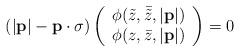
LaTeX: \begin{align*}(|{\bf p}|-{\bf p}\cdot{\bf\sigma})\left(\begin{array}{c}\phi(\tilde{z},\bar{\tilde{z}},|{\bf p}|)\\ \phi(z,\bar{z},|{\bf p}|)\end{array}\right)=0\end{align*}